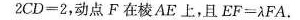
2 C D = 2$$，动点F在棱AE上，且$$E F = λ F A$$.